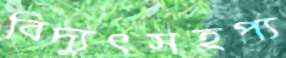
বিদ্যুৎসহপ্য